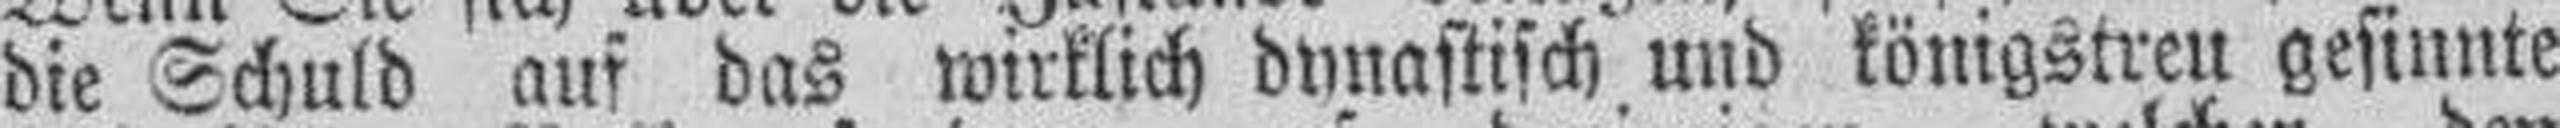
die Schuld auf das wirklich dynastisch und königstren gesinnte